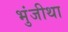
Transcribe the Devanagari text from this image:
भुंजीथा